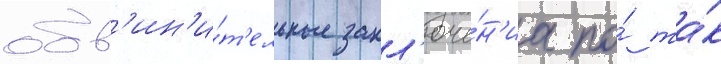
обв'ин'и́т'ельные закл'юче́н'иа по́ та́к